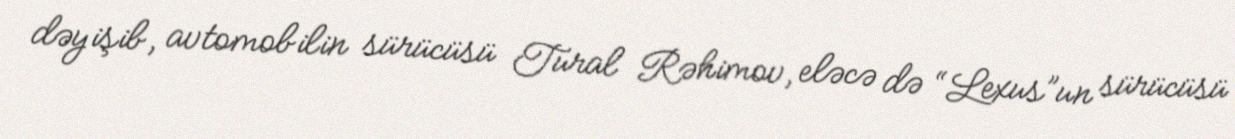
dəyişib, avtomobilin sürücüsü Tural Rəhimov, eləcə də “Lexus”un sürücüsü